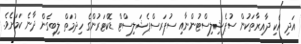
އަދި އެކި ދާއިރާތަކުން ސުޕެޝިލިސްޓުންނާއި ސުޕަރސްޕެޝަލިސްޓް ޑޮކްޓަރުންގެ ހިދުމަތް ލިބިގެން ދާނެ ކަމަށެވެ.